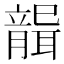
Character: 𦗤